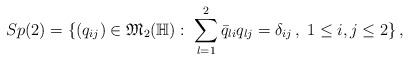
LaTeX: \begin{align*}Sp(2)=\{ \left( q_{ij}\right) \in {\mathfrak M}_2({\mathbb H}): \;\sum_{l=1}^2 \bar{q}_{l i}q_{l j}=\delta_{ij }\, , \; 1\leq i, j \leq 2 \} \, ,\end{align*}